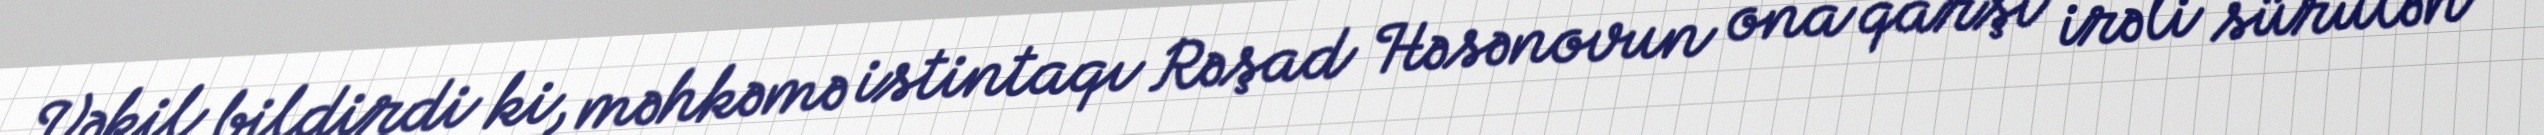
Vəkil bildirdi ki, məhkəmə istintaqı Rəşad Həsənovun ona qarşı irəli sürülən